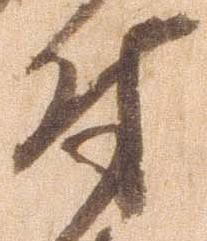
付